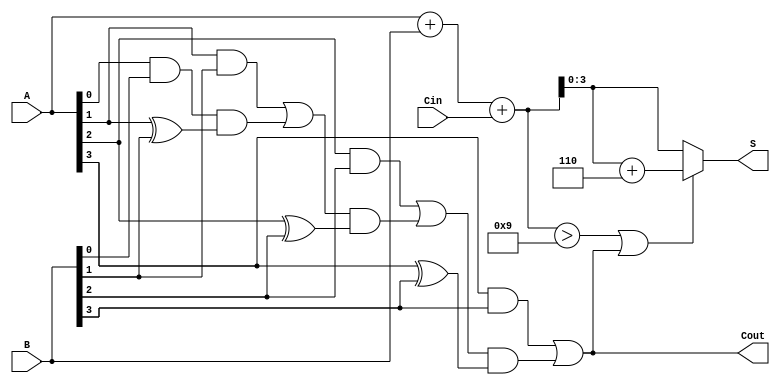
module BCD_Carry_Lookahead_Adder (
    input  [3:0] A,      // First BCD digit
    input  [3:0] B,      // Second BCD digit
    input        Cin,     // Carry input
    output reg [3:0] S,   // BCD sum output
    output reg Cout       // Carry output
);

    wire [4:0] sum;       // Intermediate sum (5 bits to accommodate carry)
    wire [3:0] carry;     // Carry signals for each bit

    // Step 1: Initial binary addition
    assign sum = A + B + Cin;

    // Step 2: Generate carry signals
    assign carry[0] = A[0] & B[0]; // C0
    assign carry[1] = (A[1] & B[1]) | (carry[0] & (A[1] ^ B[1])); // C1
    assign carry[2] = (A[2] & B[2]) | (carry[1] & (A[2] ^ B[2])); // C2
    assign carry[3] = (A[3] & B[3]) | (carry[2] & (A[3] ^ B[3])); // C3

    // Step 3: Determine Cout
    always @(*) begin
        Cout = carry[3]; // Final carry-out is from the MSB carry
    end

    // Step 4: BCD Correction
    always @(*) begin
        if (sum > 9 || Cout) begin
            S = sum + 4'b0110; // Add 6 for BCD correction
        end else begin
            S = sum[3:0]; // No correction needed
        end
    end

endmodule